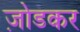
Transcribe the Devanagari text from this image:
ज़ोडकर